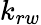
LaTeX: k_{rw}